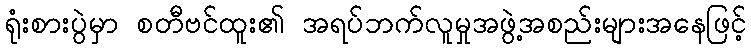
ရုံးစားပွဲမှာ စတီဗင်ထူး၏ အရပ်ဘက်လူမှုအဖွဲ့အစည်းများအနေဖြင့်